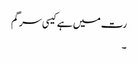
رت میں ہے کیسی سرگم
۔